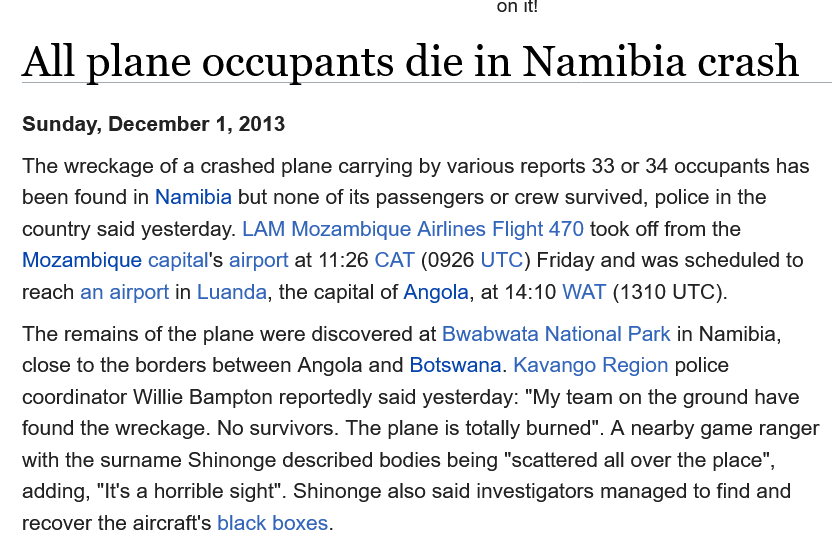
All    plane    occupants    die    in  Namibia    crash
   The remains of the plane were discovered at Bwabwata National Park in Namibia,
   close to the borders between Angola and Botswana. Kavango Region police
   coordinator Willie Bampton reportedly said yesterday: "My team on the ground have
   found the wreckage. No survivors. The plane is totally burned". A nearby game ranger
   with the surname Shinonge described bodies being "scattered all over the place",
   adding, "It's a horrible sight". Shinonge also said investigators managed to find and
   recover the aircraft's black boxes.
   Sunday, December 1, 2013
   The wreckage of a crashed plane carrying by various reports 33 or 34 occupants has
   been found in Namibia but none of its passengers or crew survived, police in the
   country said yesterday. LAM Mozambique Airlines Flight 470 took off from the
   Mozambique capital's airport at 11:26 CAT (0926 UTC) Friday and was scheduled to
   reach an airport in Luanda, the capital of Angola, at 14:10 WAT (1310 UTC).